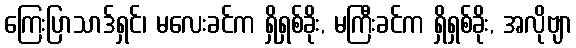
ကြေးပြာသာဒ်ရှင်၊ မလေးခင်က ရှိရှစ်ခိုး, မကြီးခင်က ရှိရှစ်ခိုး, အလိုဗျာ